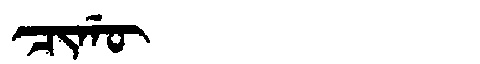
Manchu: ᠴᡳᡤᡡ
Romanization: CIGŪ